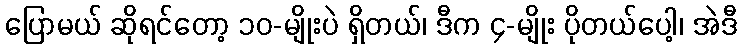
ပြောမယ် ဆိုရင်တော့ ၁၀-မျိုးပဲ ရှိတယ်၊ ဒီက ၄-မျိုး ပိုတယ်ပေါ့၊ အဲဒီ